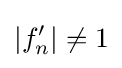
|f_{n}^{\prime }|\neq 1